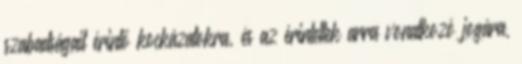
szabadságait érintő kockázatokra, és az érintettek arra vonatkozó jogára,